Annual report of lunatic asylums [Bombay] - 1912-1922
Year: 1912
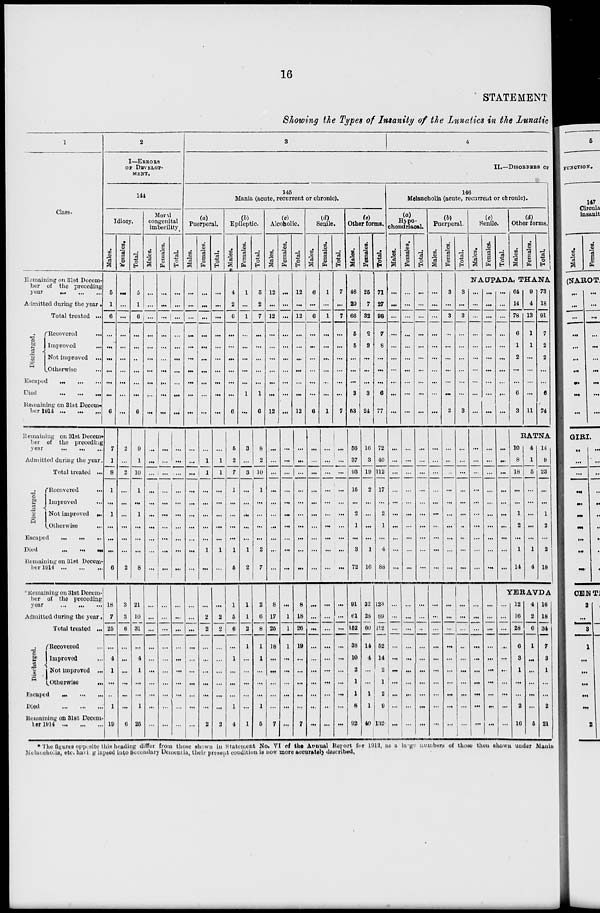
16
STATEMENT
Showing the Types of Insanity of the Lunatics in the Lunatic
1
Class.
Remaining on 31st Decem-
ber of the preceding
year ... ... ...
Admitted during the year.
Discharged.
Total treated ...
Recovered ...
Improved ...
Not improved ...
Otherwise ...
Escaped ... ... ...
Died
...
...
...
Remaining on 31st Decem-
ber 1914 ... ... ...
Remaining
on 31st Decem-
ber of the preceding
year ... ... ...
Admitted during the year.
Total treated ...
Discharged,
Recovered
...
Improved ...
Not improved ...
Otherwise
...
Escaped ... ... ...
Died ... ... ...
Remaining on 31st Decem-
ber 1914
...
...
...
Remaining on 31st Decem-
ber of the preceding
year ... ... ...
Admitted during the year.
Total treated ...
Discharged.
Recovered ...
Improved ...
Not improved ...
Otherwise
...
Escaped
...
...
...
Died
...
...
...
Remaining on 31st Decem-
ber 1914
...
...
...
2
I—ERROES
OF DEVELOP-
MENT.
144
Idiocy.
Males.
5
1
6
...
...
...
...
...
...
6
7
1
8
1
...
1
...
...
...
6
18
7
25
...
4
1
...
...
1
19
Females.
...
...
...
...
...
...
...
...
...
...
2
...
2
...
...
...
...
...
...
2
3
3
6
...
...
...
...
...
...
6
Total.
5
1
6
...
...
..
...
...
...
6
9
1
10
1
...
1
...
...
...
8
21
10
31
...
4
1
...
...
1
25
Moral
congenital
imbecility.
Males.
...
...
...
...
...
...
...
...
...
...
...
...
...
...
...
...
...
...
...
...
...
...
...
...
...
...
...
...
...
...
Females.
...
...
...
...
...
...
...
...
...
...
...
...
...
...
...
...
...
...
...
...
...
...
...
...
...
...
...
...
...
...
Total.
...
...
...
...
...
...
...
...
...
...
...
...
...
...
...
...
...
...
...
...
...
...
...
...
...
...
...
...
...
...
3
4
II.—DISORDERS OF
145
Mania (acute, recurrent or chronic).
(a)
Puerperal.
Males.
...
...
...
...
...
...
...
...
...
...
...
...
...
...
...
...
...
...
...
...
...
...
...
...
...
...
...
...
...
...
Females.
...
...
...
...
...
...
...
...
...
...
...
1
1
...
...
...
...
...
1
...
...
2
2
...
...
...
...
...
...
2
Total.
...
...
...
...
...
...
...
...
...
...
...
1
1
...
...
...
...
...
1
...
...
2
2
...
...
...
...
...
...
2
(b)
Epileptic.
Males.
4
2
6
...
...
...
...
...
...
6
5
2
7
1
...
...
...
...
1
5
1
5
6
...
1
...
...
...
1
4
Females.
1
...
1
...
...
...
...
...
1
...
3
...
3
...
...
...
...
...
1
2
1
1
2
1
...
...
...
...
...
1
Total.
5
2
7
...
...
...
...
...
1
6
8
2
10
1
...
...
...
...
2
7
2
6
8
1
1
...
...
...
1
5
(c)
Alcoholic.
Males.
12
...
12
...
...
...
...
...
...
12
...
...
...
...
...
...
...
...
...
...
8
17
25
18
...
...
...
...
...
7
Females.
...
...
...
...
...
...
...
...
...
...
...
...
...
...
...
...
...
...
...
...
...
1
1
1
...
...
...
...
...
...
Total.
12
...
12
...
...
...
...
...
...
12
...
...
...
...
...
...
...
...
...
...
8
18
26
19
...
...
...
...
...
7
(d)
Senile.
Males.
6
...
6
...
...
...
...
...
...
6
...
...
...
...
...
...
...
...
...
...
...
...
...
...
...
...
...
...
...
...
Females.
1
...
1
...
...
...
...
...
...
1
...
...
...
...
...
...
...
...
...
...
...
...
...
...
...
...
...
...
...
...
Total.
7
...
7
...
...
...
...
...
...
7
...
...
...
...
...
...
...
...
...
...
...
...
...
...
...
...
...
...
...
...
(e)
Other forms.
Males.
46
20
66
5
5
...
...
...
3
53
56
37
93
15
...
2
1
...
3
72
91
61
152
38
10
2
1
1
8
92
Females.
25
7
32
2
3
...
...
...
3
24
16
3
19
2
...
...
...
...
1
16
32
28
60
14
4
...
...
1
1
40
Total.
71
27
98
7
8
...
...
...
6
77
72
40
112
17
...
2
1
...
4
88
123
89
212
52
14
2
1
2
9
132
146
Melancholia (acute, recurrent or chronic).
(a)
Hypo-
chondriacal.
Males.
...
...
...
...
...
...
...
...
...
...
...
...
...
...
...
...
...
...
...
...
...
...
...
...
...
...
...
...
...
...
Females.
...
...
...
...
...
...
...
...
...
...
...
...
...
...
...
...
...
...
...
...
...
...
...
...
...
...
...
...
...
...
Total.
...
...
...
...
...
...
...
...
...
...
...
...
...
...
...
...
...
...
...
...
...
...
...
...
...
...
...
...
...
(b)
Puerperal.
Males.
...
...
...
...
...
...
...
...
...
...
...
...
...
...
...
...
...
...
...
...
...
...
...
...
...
...
...
...
...
...
Females.
3
...
3
...
...
...
...
...
...
3
...
...
...
...
...
...
...
...
...
...
...
...
...
...
...
...
...
...
...
...
Total.
3
...
3
...
...
...
...
...
...
3
...
...
...
...
...
...
...
...
...
...
...
...
...
...
...
...
...
...
...
...
(c)
Senile.
Males.
Females.
Total.
(d)
Other forms.
Males.
Females.
Total.
NAUPADA, THANA
...
...
...
...
...
...
...
...
...
...
...
...
...
...
...
...
...
...
...
...
...
...
...
...
...
...
...
...
...
...
...
...
...
...
...
...
...
...
...
...
...
...
...
...
...
...
...
...
...
...
...
...
...
...
...
...
...
...
...
...
...
...
...
...
...
...
...
...
...
...
...
...
...
...
...
...
...
...
...
...
64
14
78
6
1
2
...
...
6
3
9
4
13
1
1
...
...
...
...
11
73
18
91
7
2
2
...
...
6
74
RATNA
10
8
18
...
...
1
2
...
1
14
4
1
5
...
...
...
...
...
1
4
14
9
23
...
...
1
2
...
2
18
YERAVDA
...
...
...
...
...
...
...
...
...
...
12
16
28
6
3
1
...
...
2
16
4
2
6
1
...
...
...
...
...
5
16
18
34
7
3
1
...
...
2
21
* The figures opposite this heading differ from those shown in Statement No. VI of the Annual Report for 1913, as a large numbers of those thon shown under Mania
Melancholia, etc. having lapsed into Secondary Dementia, their present condition is now more accurately described.